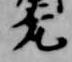
凡